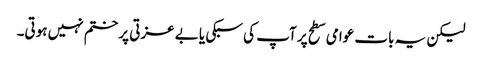
لیکن یہ بات عوامی سطح پر آپ کی سبکی یا بے عزتی پر ختم نہیں ہوتی۔